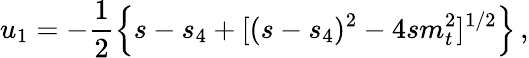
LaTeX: u_{1}=-\frac{1}{2}\Big\{ s-s_{4}+[(s-s_{4})^{2}-4sm_{t}^{2}]^{1/2}\Big\} \, ,